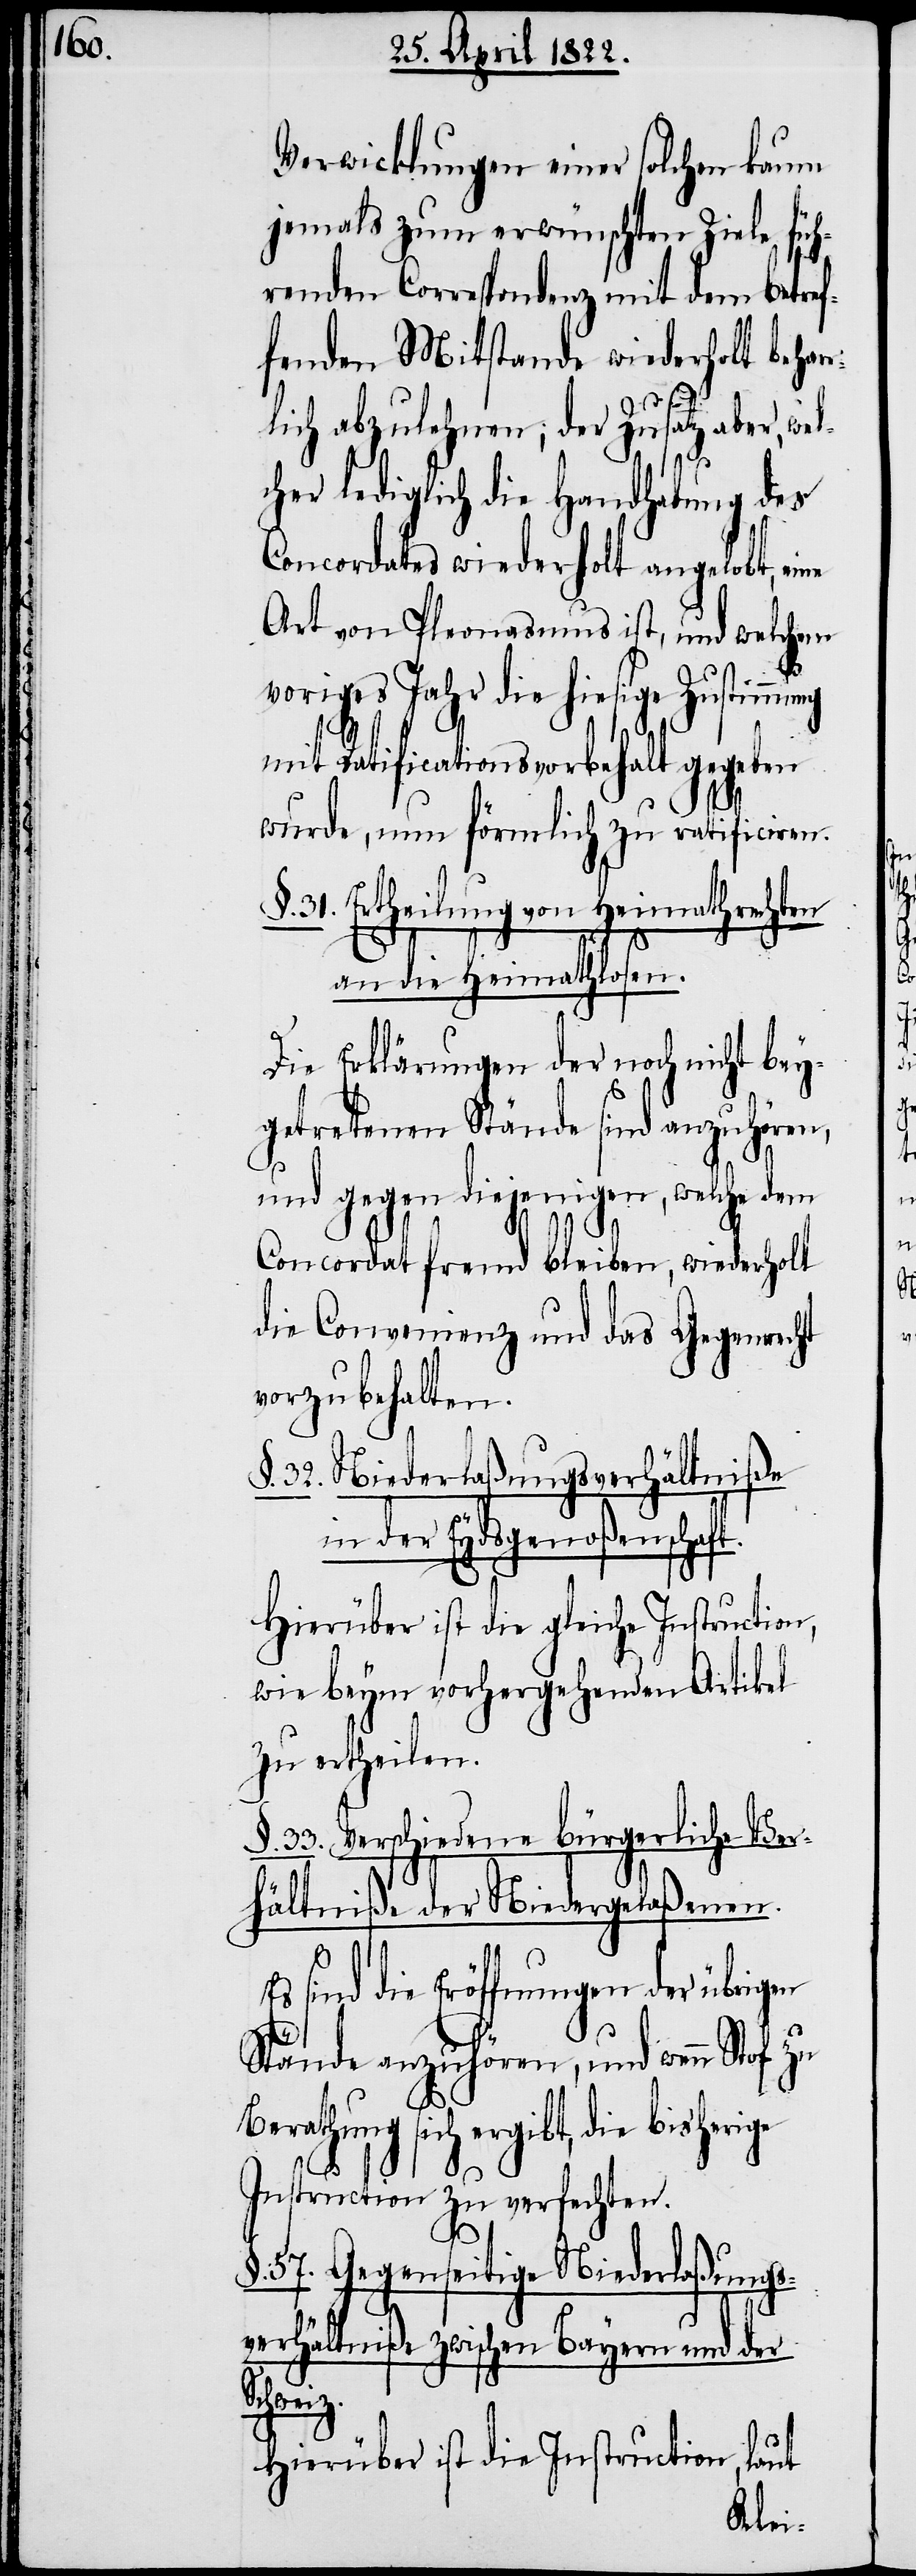
wel¬

Verwicklungen einer solchen kaum
jemals zum erwünschten Ziele füh¬
renden Correspondenz mit dem betref¬
fenden Mitstande wiederholt behar¬
lich abzulehnen; der Zusatz aber,
cher lediglich die Handhabung des
Concordates wiederholt angelobt, eine
Art von Pleonasmus ist, und welchen
voriges Jahr die hiesige Zustimmung
mit Ratificationsvorbehalt gegeben
wurde, nun förmlich zu ratificiren.
31. Ertheilung von Heimathrechten
an die Heimathlosen.
Die Erklärungen der noch nicht bey¬
getretenen Stände sind anzuhören,
und gegen diejenigen, welche dem
z.
Concordat fremd bleiben, wiederholt
die Convenienz und das Gegenrecht
vorzubehalten.
§. 32. Niederlaßungsverhältniße
in der Eydsgenoßenschaf¬
Es sind die Eröffnungen der übrigen
Stände anzuhören, und wenn Stof zu
Berathung sich ergibt, die
Instruction zu verfechten.
§. 57. Gegenseitige Niederlaßungs¬
verhältniße zwischen Bayern und der
Schwei¬
Hierüber ist die Instruction, laut